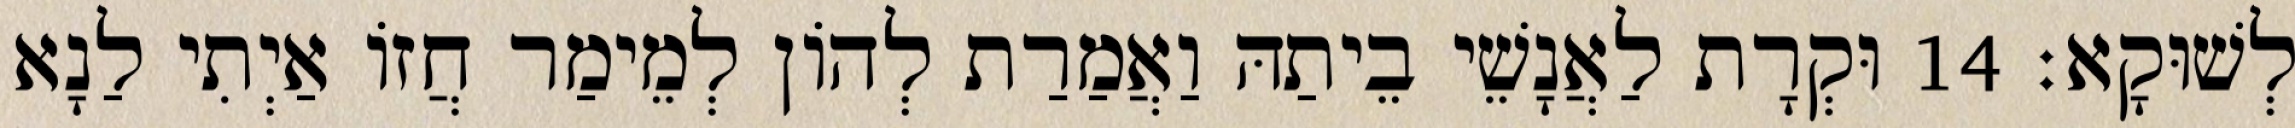
לְשׁוּקָא׃ 14 וּקְרָת לַאֲנָשֵׁי בֵיתַהּ וַאֲמַרַת לְהוֹן לְמֵימַר חֲזוֹ אַיְתִי לַנָא